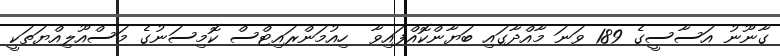
ގާނޫނު އަސާސީގެ 189 ވަނަ މާއްދާގައި ބަޔާންކޮއްފައިވާ  ހިއުމަންރައިޓްސް ކޮމިސަނުގެ މަސްއޫލިއްޔަތަކީ